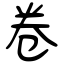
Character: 卷